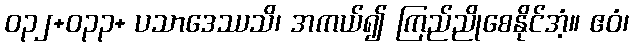
ဝ၃၂+ဝ၃၃+ ပသာဒေဿသိ၊ အကယ်၍ ကြည်ညိုစေနိုင်အံ့။ ဧဝံ၊